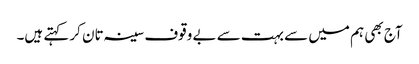
آج بھی ہم میں سے بہت سے بے وقوف سینہ تان کر کہتے ہیں۔